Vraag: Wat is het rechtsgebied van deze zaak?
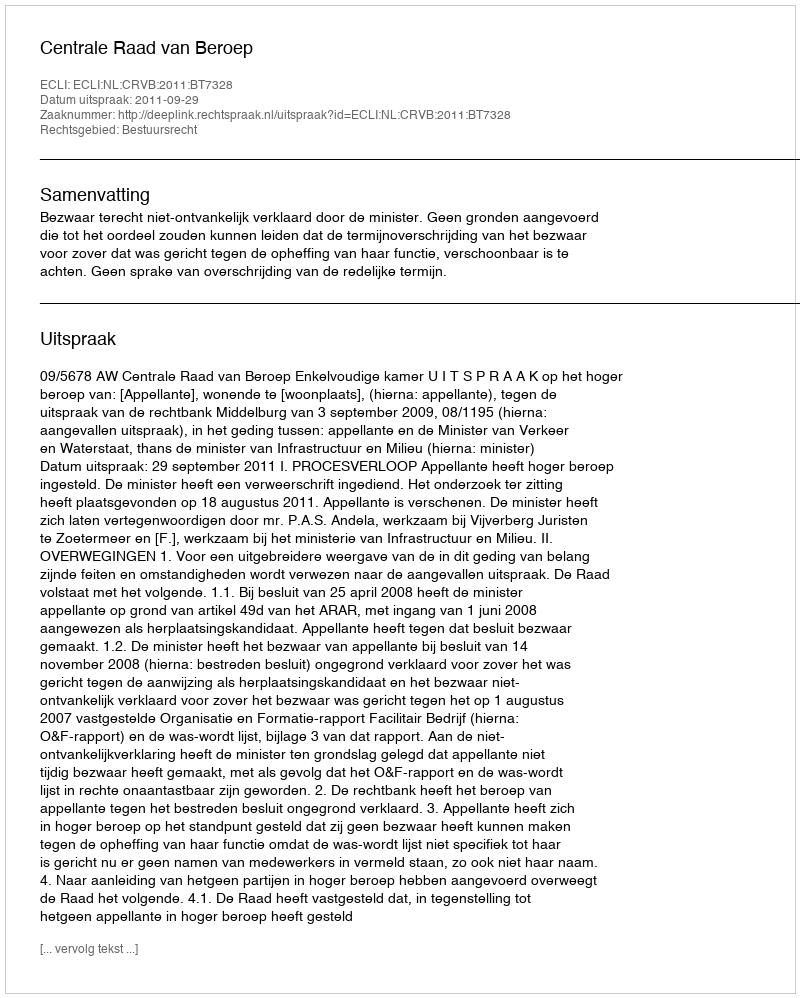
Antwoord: Bestuursrecht